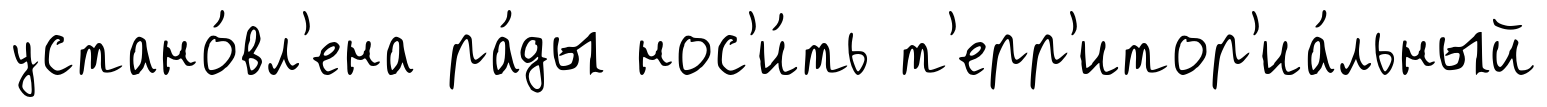
устано́вл'ена ра́ды нос'и́ть т'ерр'итор'иа́льный